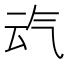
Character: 𪵣